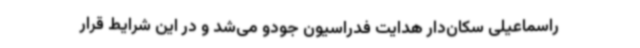
راسماعیلی سکان‌دار هدایت فدراسیون جودو می‌شد و در این شرایط قرار